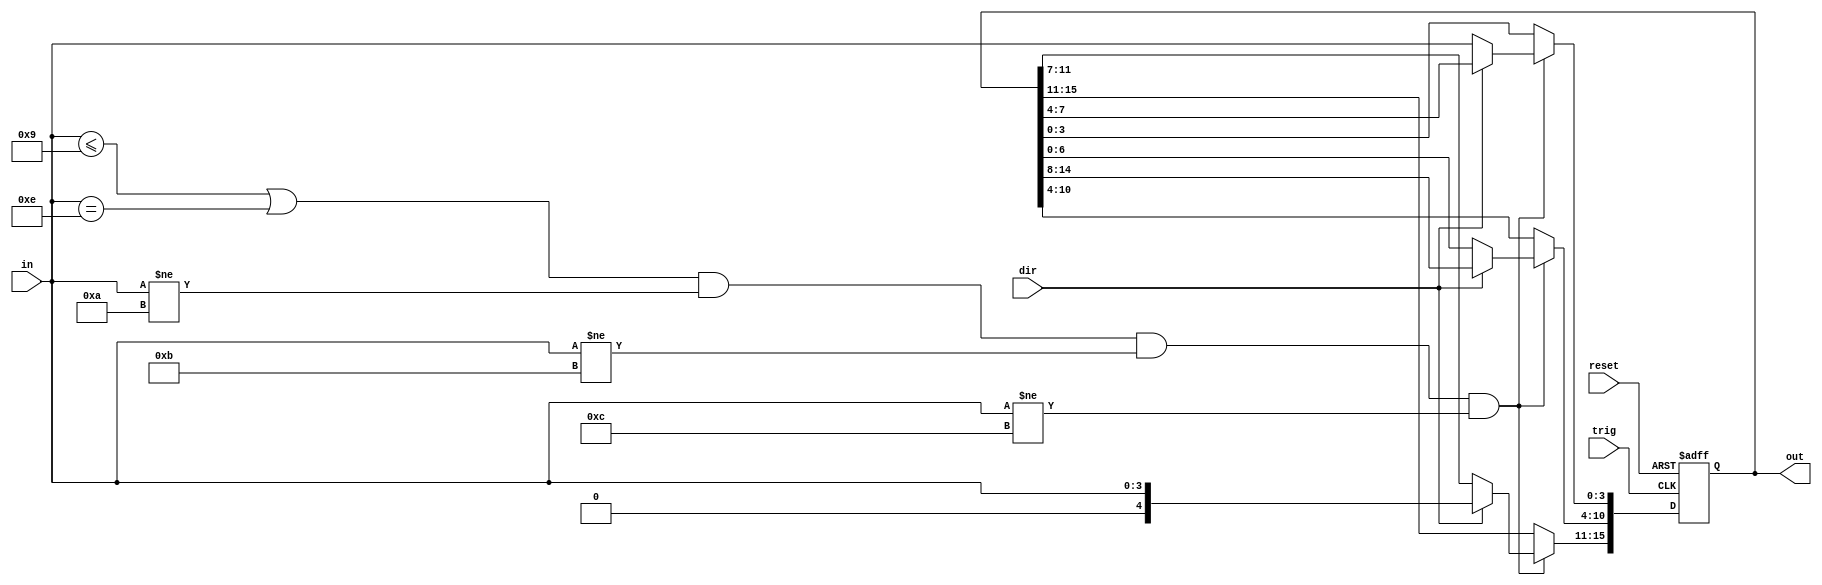
module shift_reg #(
        parameter COUNT = 4,
        parameter WIDTH = 4
    ) (
        input trig, reset, dir, // Left = 0, Right = 1
        input [WIDTH-1:0] in,
        output reg [(COUNT*WIDTH)-1:0] out
    );
    always @ (posedge trig, negedge reset) begin
        if (~reset)
            out <= 0;
        else if((in <= 9 || in == 4'hE) && in != 4'hA && in != 4'hB && in != 4'hC) begin		  
            if (dir) begin // 1 = Right
                out <= out >> WIDTH;
                out[(COUNT*WIDTH)-1:((COUNT*WIDTH)-1)-WIDTH] <= in;
            end
            else begin // 0 = Left
                out <= out << WIDTH;
                out[WIDTH-1:0] <= in;
            end
        end
    end
endmodule